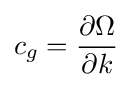
\displaystyle c_{g}={\frac {\partial \Omega }{\partial k}}